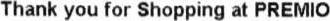
THANK YOU FOR SHOPPING AT PREMIO